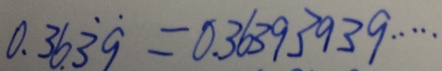
0 . 3 6 \dot { 3 } \dot { 9 } = 0 . 3 6 3 9 3 9 3 9 \cdots